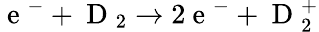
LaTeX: \mathrm{~e~}^{-}+\mathrm{~D~}_{2}\rightarrow 2\mathrm{~e~}^{-}+\mathrm{~D~}_{2}^{+}